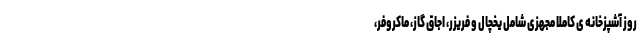
روز آشپزخانه ی کاملا مجهزی شامل یخچال و فریزر، اجاق گاز، ماکروفر،